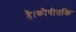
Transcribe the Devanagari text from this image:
है।कौषीतकि